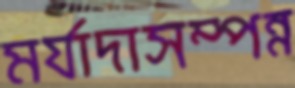
মর্যাদাসম্পন্ন